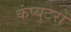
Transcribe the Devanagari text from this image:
कंप्युटरों